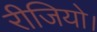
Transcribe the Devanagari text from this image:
रीजियो।